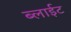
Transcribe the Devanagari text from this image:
ब्लाईट